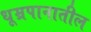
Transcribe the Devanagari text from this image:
धूम्रपानातील